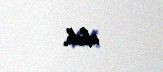
olub.